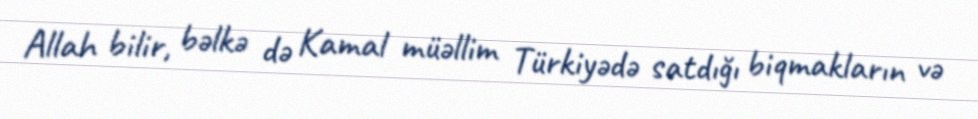
Allah bilir, bəlkə də Kamal müəllim Türkiyədə satdığı biqmakların və